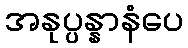
အနုပ္ပန္နာနံပေ